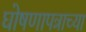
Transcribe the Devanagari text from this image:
घोषणापत्राच्या